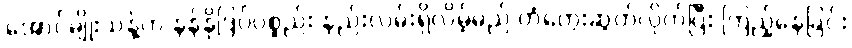
အောင်မျိုးသန့်က နန်နိုဒြပ်ပစ္စည်း နည်းလမ်းရှိလိမ့်မည် တံတွေးဆွတ်လိုက်ပြီး ကြည့်နေခြင်း